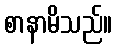
စာနာမိသည်။